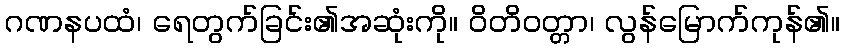
ဂဏနပထံ၊ ရေတွက်ခြင်း၏အဆုံးကို။ ဝိတိဝတ္တာ၊ လွန်မြောက်ကုန်၏။